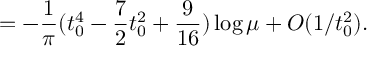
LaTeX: = - \frac { 1 } { \pi } ( t _ { 0 } ^ { 4 } - \frac { 7 } { 2 } t _ { 0 } ^ { 2 } + \frac { 9 } { 1 6 } ) \log \mu + O ( 1 / t _ { 0 } ^ { 2 } ) .